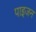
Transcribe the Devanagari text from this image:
पाइजन